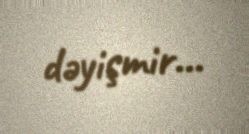
dəyişmir...